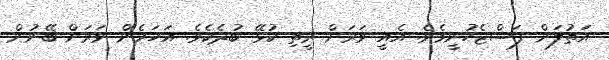
އަތުލަން ފަސްޖެހުނީމެވެ. އެއީ ވަރަށް ރީތި ކުޅޭ ބުދެކެވެ. އަހަރެން ވަރަށް ބޭނުން